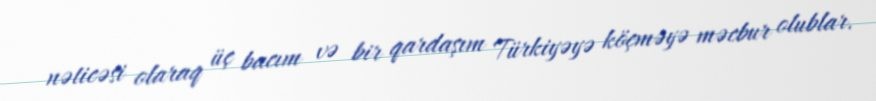
nəticəsi olaraq üç bacım və bir qardaşım Türkiyəyə köçməyə məcbur olublar.